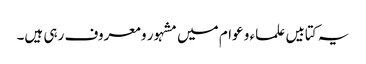
یہ کتابیں علماء و عوام میں مشہور و معروف رہی ہیں۔